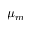
\mu _ { m }